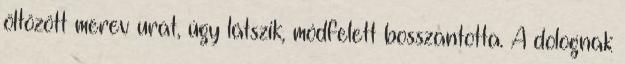
öltözött merev urat, úgy látszik, módfelett bosszantotta. A dolognak